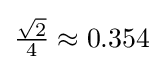
{\tfrac {\sqrt {2}}{4}}\approx 0.354